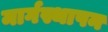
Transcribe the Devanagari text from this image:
मार्गस्थापन